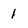
Character: 1